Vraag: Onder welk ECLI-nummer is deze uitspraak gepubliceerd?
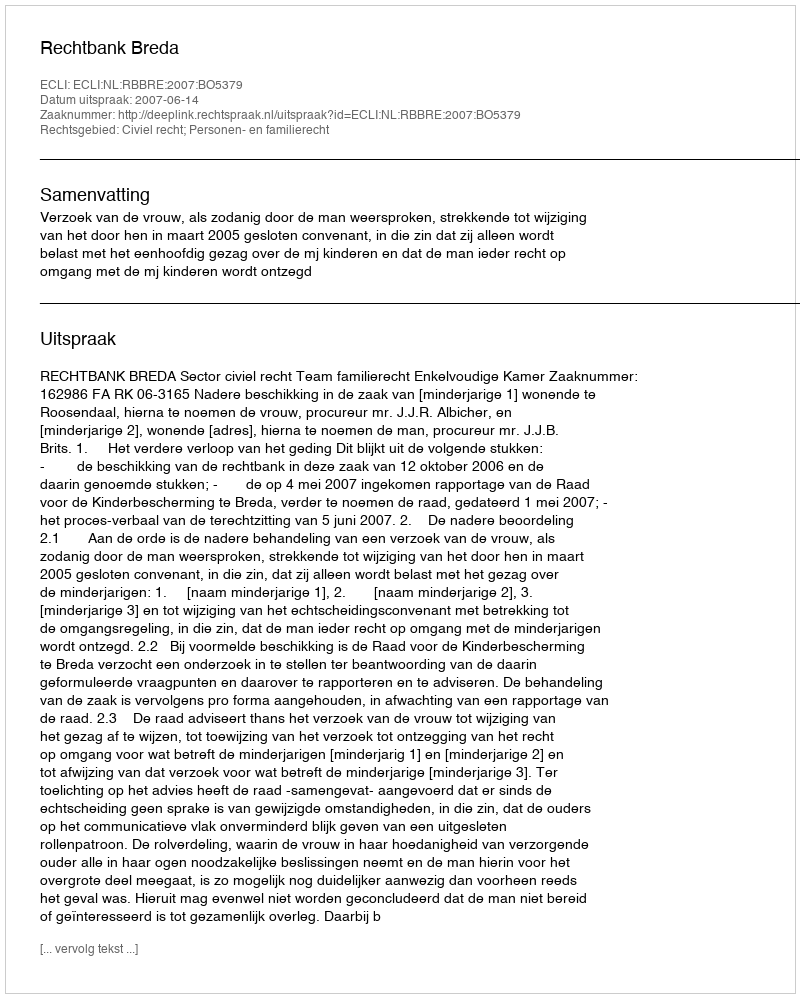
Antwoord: ECLI:NL:RBBRE:2007:BO5379